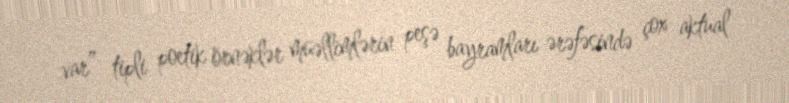
var” tipli poetik örnəklər müəllimlərin peşə bayramları ərəfəsində çox aktual